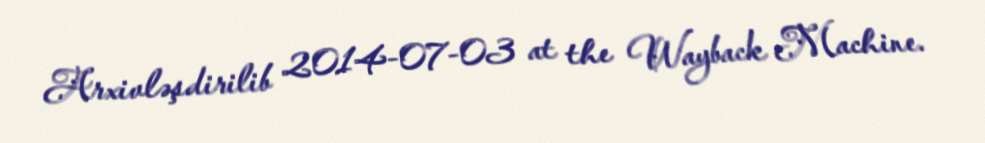
Arxivləşdirilib 2014-07-03 at the Wayback Machine.